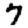
Digit: 7